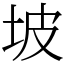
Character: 坡